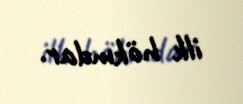
ilk hökmdar.